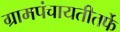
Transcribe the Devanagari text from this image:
ग्रामपंचायतीतर्फे